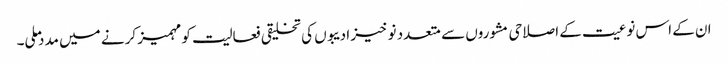
ان کے اس نوعیت کے اصلاحی مشوروں سے متعدد نو خیز ادیبوں کی تخلیقی فعالیت کو مہمیز کرنے میں مدد ملی۔